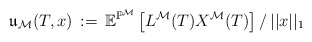
\begin{align*}\mathfrak{u}_{\mathcal{M}}(T, x) \,:= \,\mathbb{E}^{\mathbb{P}^{\mathcal{M}}} \left[L^{\mathcal{M}}(T)X^{\mathcal{M}}(T)\right] /\, ||x||_1\end{align*}